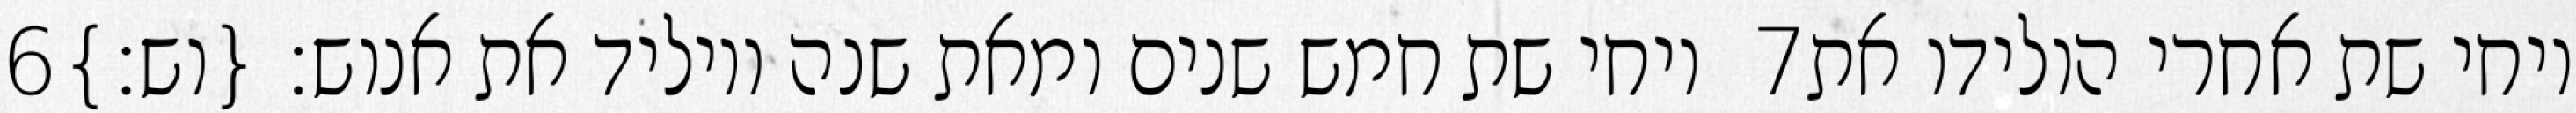
‎6‏ ויחי שת חמש שנים ומאת שנה ויוליד את אנוש׃ {וש׃} ‎7‏ ויחי שת אחרי הולידו את